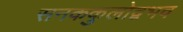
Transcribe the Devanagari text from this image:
सनककुलोद्वभव